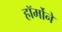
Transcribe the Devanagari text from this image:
हॉर्मोने